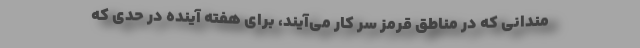
مندانی که در مناطق قرمز سر کار می‌آیند، برای هفته آینده در حدی که